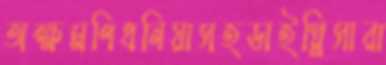
অক্ষমণিধনিয়াসহডাইস্লিসারা